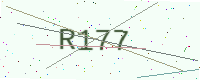
Text: R177